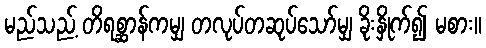
မည်သည့် တိရစ္ဆာန်ကမျှ တလုပ်တဆုပ်သော်မျှ ခိုးနှိုက်၍ မစား။